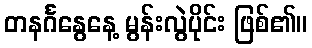
တနင်္ဂနွေနေ့ မွန်းလွဲပိုင်း ဖြစ်၏။